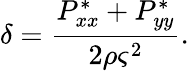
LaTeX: \delta=\frac{P_{xx}^{*}+P_{yy}^{*}}{2\rho\varsigma^{2}}.